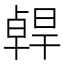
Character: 𠧄